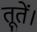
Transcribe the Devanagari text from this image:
तूतें।